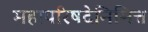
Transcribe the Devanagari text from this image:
महापरिषदेनिमित्त